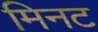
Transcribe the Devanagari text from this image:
मिनट